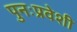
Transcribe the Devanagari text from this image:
पुनःप्रवेशी